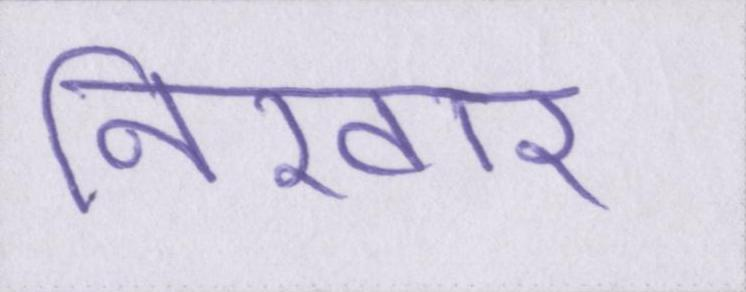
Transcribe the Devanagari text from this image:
निखार